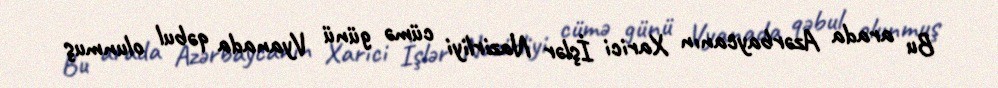
Bu arada Azərbaycanın Xarici İşlər Nazirliyi cümə günü Vyanada qəbul olunmuş